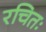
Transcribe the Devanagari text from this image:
रचितः